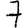
Digit: 7